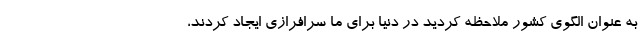
به عنوان الگوی کشور ملاحظه کردید در دنیا برای ما سرافرازی ایجاد کردند،